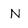
Character: N